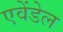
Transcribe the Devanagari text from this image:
एवेंडेल